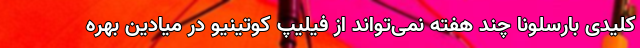
کلیدی بارسلونا چند هفته نمی‌تواند از فیلیپ کوتینیو در میادین بهره